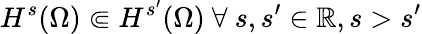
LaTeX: H^{s}(\Omega)\Subset H^{s^{\prime}}(\Omega)\ \forall\ s,s^{\prime}\in\mathbb{R},s>s^{\prime}